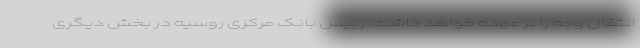
انتقال وجه را بر عهده خواهد داشت. رییس بانک مرکزی روسیه در بخش دیگری